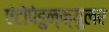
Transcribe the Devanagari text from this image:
एंटोपेडुन्क्युलर